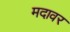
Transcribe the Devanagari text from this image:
मदावर